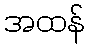
အထန်